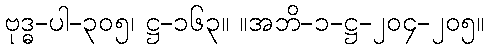
ဗုဒ္ဓ-ပါ-၃၀၅၊ ဋ္ဌ-၁၆၃။ ။အဘိ-၁-ဋ္ဌ-၂၀၄-၂၀၅။